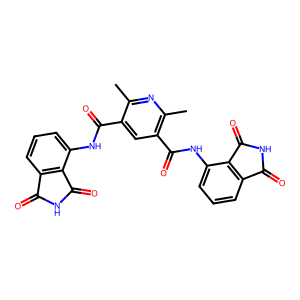
SMILES: Cc1nc(C)c(C(=O)Nc2cccc3c2C(=O)NC3=O)cc1C(=O)Nc1cccc2c1C(=O)NC2=O
Inhibits HIV replication: No